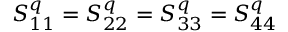
S _ { 1 1 } ^ { q } = S _ { 2 2 } ^ { q } = S _ { 3 3 } ^ { q } = S _ { 4 4 } ^ { q }